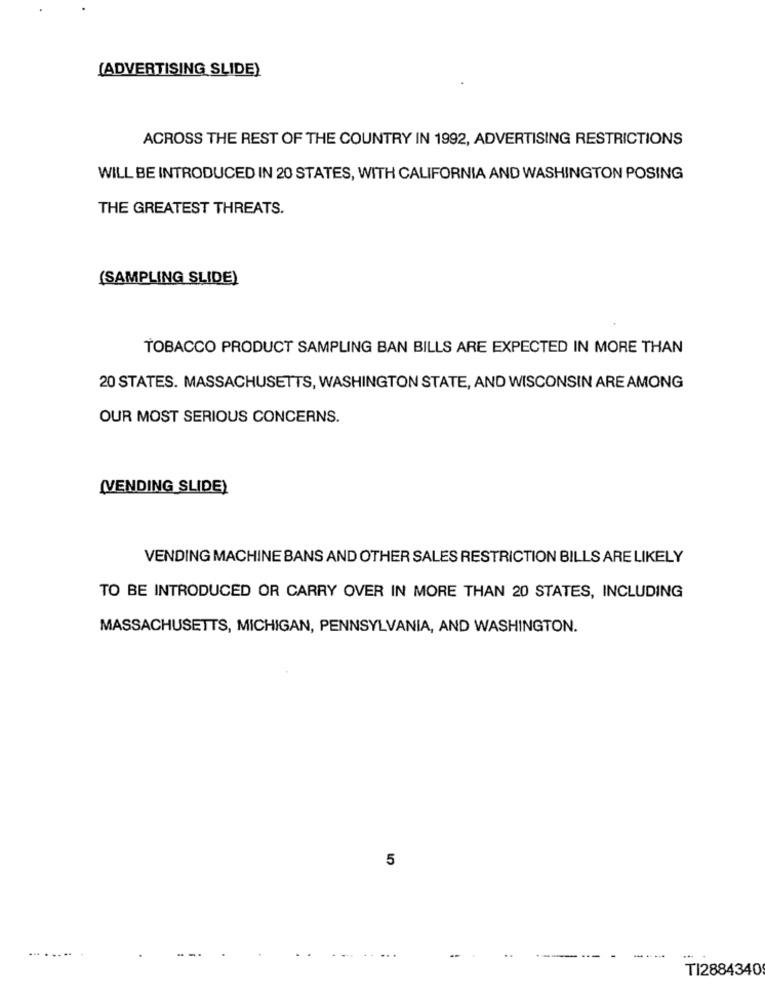
(ADVERTISING SLIDE)
ACROSS THE REST OF THE COUNTRY IN 1992, ADVERTISING RESTRICTIONS
WILL BE INTRODUCED IN 20 STATES, WITH CALIFORNIA AND WASHINGTON POSING
THE GREATEST THREATS.
(SAMPLING SLIDE)
TOBACCO PRODUCT SAMPLING BAN BILLS ARE EXPECTED IN MORE THAN
20 STATES. MASSACHUSETTS, WASHINGTON STATE, AND WISCONSIN ARE AMONG
OUR MOST SERIOUS CONCERNS.
(VENDING SLIDE)
VENDING MACHINE BANS AND OTHER SALES RESTRICTION BILLS ARE LIKELY
TO BE INTRODUCED OR CARRY OVER IN MORE THAN 20 STATES, INCLUDING
MASSACHUSETTS, MICHIGAN, PENNSYLVANIA, AND WASHINGTON.
5
TI2884340